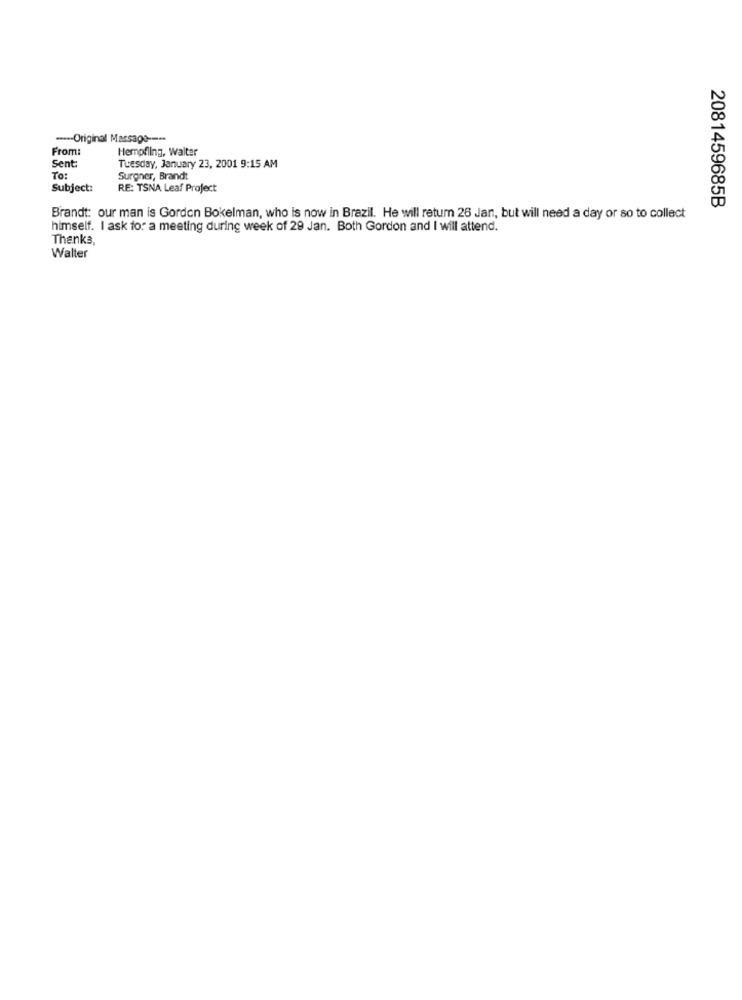
---- Original Message ---
From:
Hempfling, walter
Sent:
Tuesday, January 23, 2001 9:15 AM
To:
Surgner, Brandt
Subject:
RE: TSNA Leaf Project
2081459685B
Brandt: our man is Gordon Bokelman, who is now in Brazil. He will return 26 Jan, but will need a day or so to collect
himself. I ask for a meeting during week of 29 Jan. Both Gordon and I will attend.
Thanks,
Walter